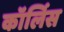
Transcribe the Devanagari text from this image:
कॉर्लिस